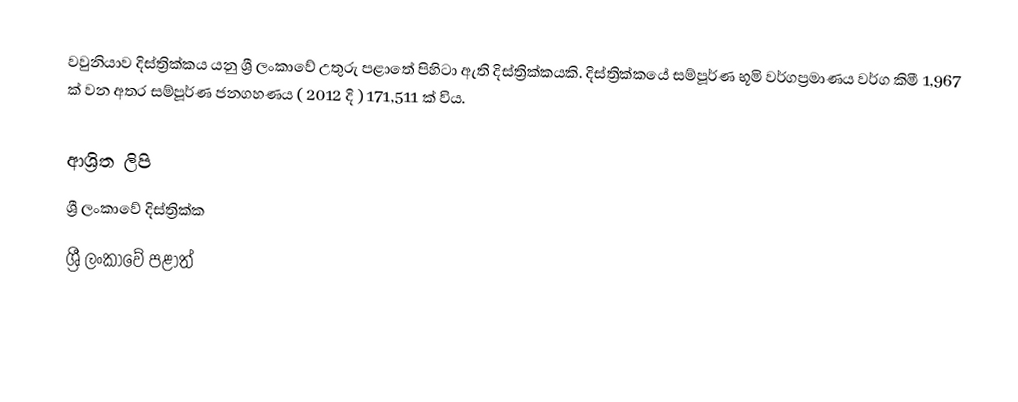
වවුනියාව දිස්ත්‍රික්කය යනු ශ්‍රී ලංකාවේ උතුරු  පළාතේ පිහිටා ඇති දිස්ත්‍රික්කයකි. දිස්ත්‍රික්කයේ සම්පූර්ණ භූමි වර්ගප්‍රමාණය වර්ග කිමී 1,967 ක් වන අතර සම්පූර්ණ ජනගහණය ( 2012 දි ) 171,511 ක් විය.

ආශ්‍රිත ලිපි
ශ්‍රී ලංකාවේ දිස්ත්‍රික්ක
ශ්‍රී ලංකාවේ පළාත්